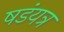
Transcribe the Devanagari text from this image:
षडंयत्र